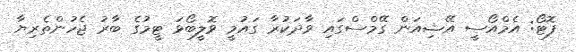
ފޮޓޯ: އެމްއޯސީ އޭޝިއަން ގޭމްސްގައި ވާދަކުރާ ގައުމީ ވޮލީބޯޅަ ޓީމުގެ ބާރު ޖެހުންތެރިޔާ